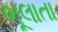
ભૂલાતા